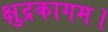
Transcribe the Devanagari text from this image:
क्षुद्रकागम।